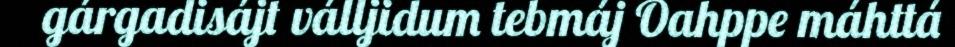
gárgadisájt válljidum tebmáj Oahppe máhttá